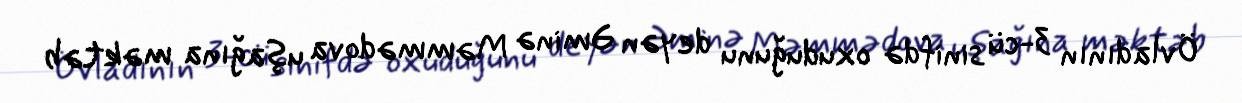
Övladının 3-cü sinifdə oxuduğunu deyən Əminə Məmmədova uşağına məktəb